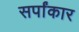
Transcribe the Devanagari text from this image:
सर्पांकार